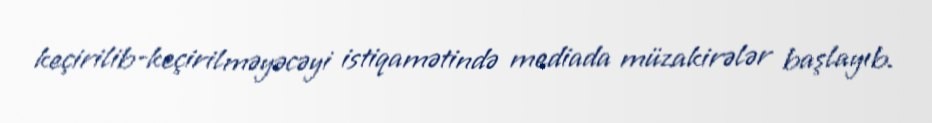
keçirilib-keçirilməyəcəyi istiqamətində mediada müzakirələr başlayıb.